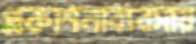
প্রকাশনাব্যবসায়